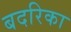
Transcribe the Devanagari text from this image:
बदरिका